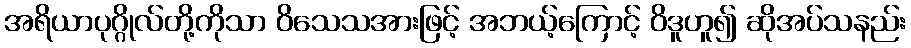
အရိယာပုဂ္ဂိုလ်တို့ကိုသာ ဝိသေသအားဖြင့် အဘယ့်ကြောင့် ဝိဒူဟူ၍ ဆိုအပ်သနည်း